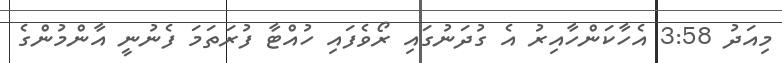
މިއަދު 3:58 އެހާކަންހާއިރު އެ ގުދަނުގައި ރޯވެފައި ހުއްޓާ ފުރަތަމަ ފެނުނީ އާންމުންގެ